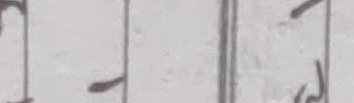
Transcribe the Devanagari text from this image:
१